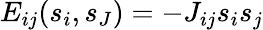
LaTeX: E_{ij}(s_{i},s_{J})=-J_{ij}s_{i}s_{j}